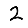
Digit: 2